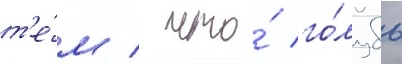
т'е́м / что́ го́лубь